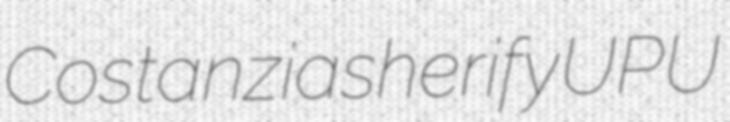
Costanzia sherify UPU